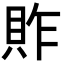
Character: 䝫